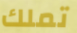
تملك